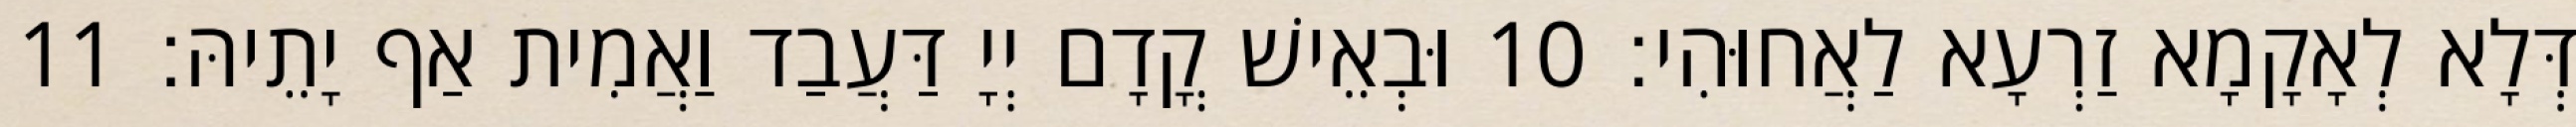
דְּלָא לְאָקָמָא זַרְעָא לַאֲחוּהִי׃ 10 וּבְאֵישׁ קֳדָם יְיָ דַּעֲבַד וַאֲמִית אַף יָתֵיהּ׃ 11